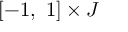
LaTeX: [ - 1 , \ 1 ] \times J